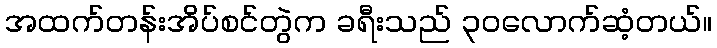
အထက်တန်းအိပ်စင်တွဲက ခရီးသည် ၃၀လောက်ဆံ့တယ်။